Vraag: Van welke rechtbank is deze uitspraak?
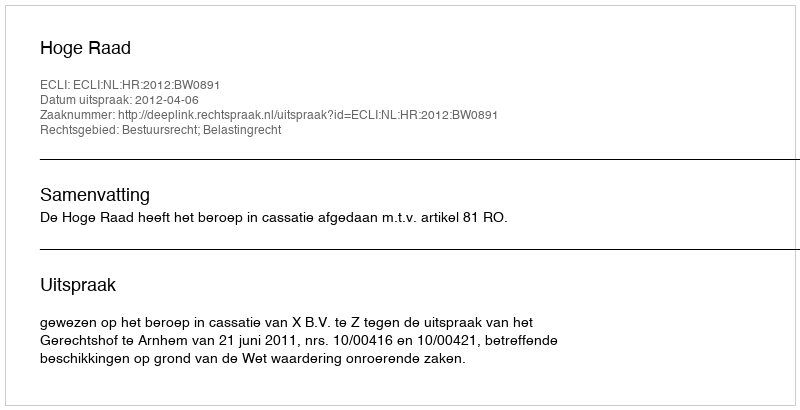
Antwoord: Hoge Raad